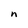
Character: n